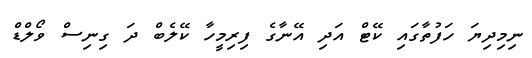
ނިމިދިޔަ ހަފުތާގައި ކޭޓް އަދި އޭނާގެ ފިރިމީހާ ކޭލެބް ދަ ގިނިސް ވޯލްޑް